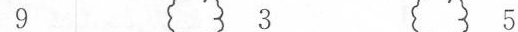
9 3 5